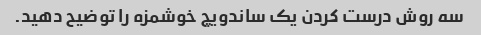
سه روش درست کردن یک ساندویچ خوشمزه را توضیح دهید.